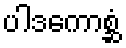
ပါဒကောစ္ဆံ